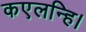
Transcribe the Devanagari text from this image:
कएलन्हि।